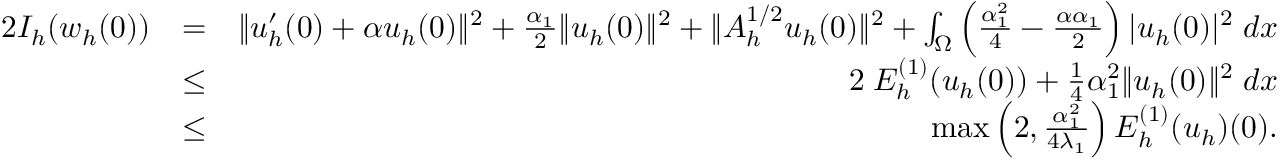
\begin{array} { r l r } { 2 { \cal I } _ { h } ( w _ { h } ( 0 ) ) } & { = } & { \| u _ { h } ^ { \prime } ( 0 ) + \alpha u _ { h } ( 0 ) \| ^ { 2 } + \frac { \alpha _ { 1 } } { 2 } \| u _ { h } ( 0 ) \| ^ { 2 } + \| A _ { h } ^ { 1 / 2 } u _ { h } ( 0 ) \| ^ { 2 } + \int _ { \Omega } \left( \frac { \alpha _ { 1 } ^ { 2 } } { 4 } - \frac { \alpha \alpha _ { 1 } } { 2 } \right) | u _ { h } ( 0 ) | ^ { 2 } \; d x } \\ & { \leq } & { 2 \; { \cal E } _ { h } ^ { ( 1 ) } ( u _ { h } ( 0 ) ) + \frac { 1 } { 4 } \alpha _ { 1 } ^ { 2 } \| u _ { h } ( 0 ) \| ^ { 2 } \; d x } \\ & { \leq } & { \operatorname* { m a x } \left( 2 , \frac { \alpha _ { 1 } ^ { 2 } } { 4 \lambda _ { 1 } } \right) { \cal E } _ { h } ^ { ( 1 ) } ( u _ { h } ) ( 0 ) . } \end{array}